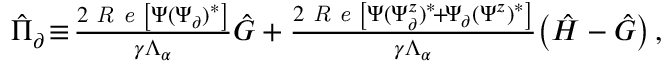
\begin{array} { r } { \hat { \Pi } _ { \partial } \! \equiv \! \frac { 2 \textit { R e } \left[ \Psi ( { \Psi } _ { \partial } ) ^ { * } \right] } { \gamma \Lambda _ { \alpha } } \hat { G } + \frac { 2 \textit { R e } \left[ \Psi ( \Psi _ { \partial } ^ { z } ) ^ { * } \! + \! \Psi _ { \partial } ( \Psi ^ { z } ) ^ { * } \right] } { \gamma \Lambda _ { \alpha } } \! \left( \hat { H } - \hat { G } \right) , } \end{array}